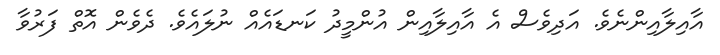
އާއިލާއިންނެވެ. އަދިވެސް އެ އާއިލާއިން އުންމީދު ކަނޑައެއް ނުލައެވެ. ދެވެން އޮތް ފަރުވާ